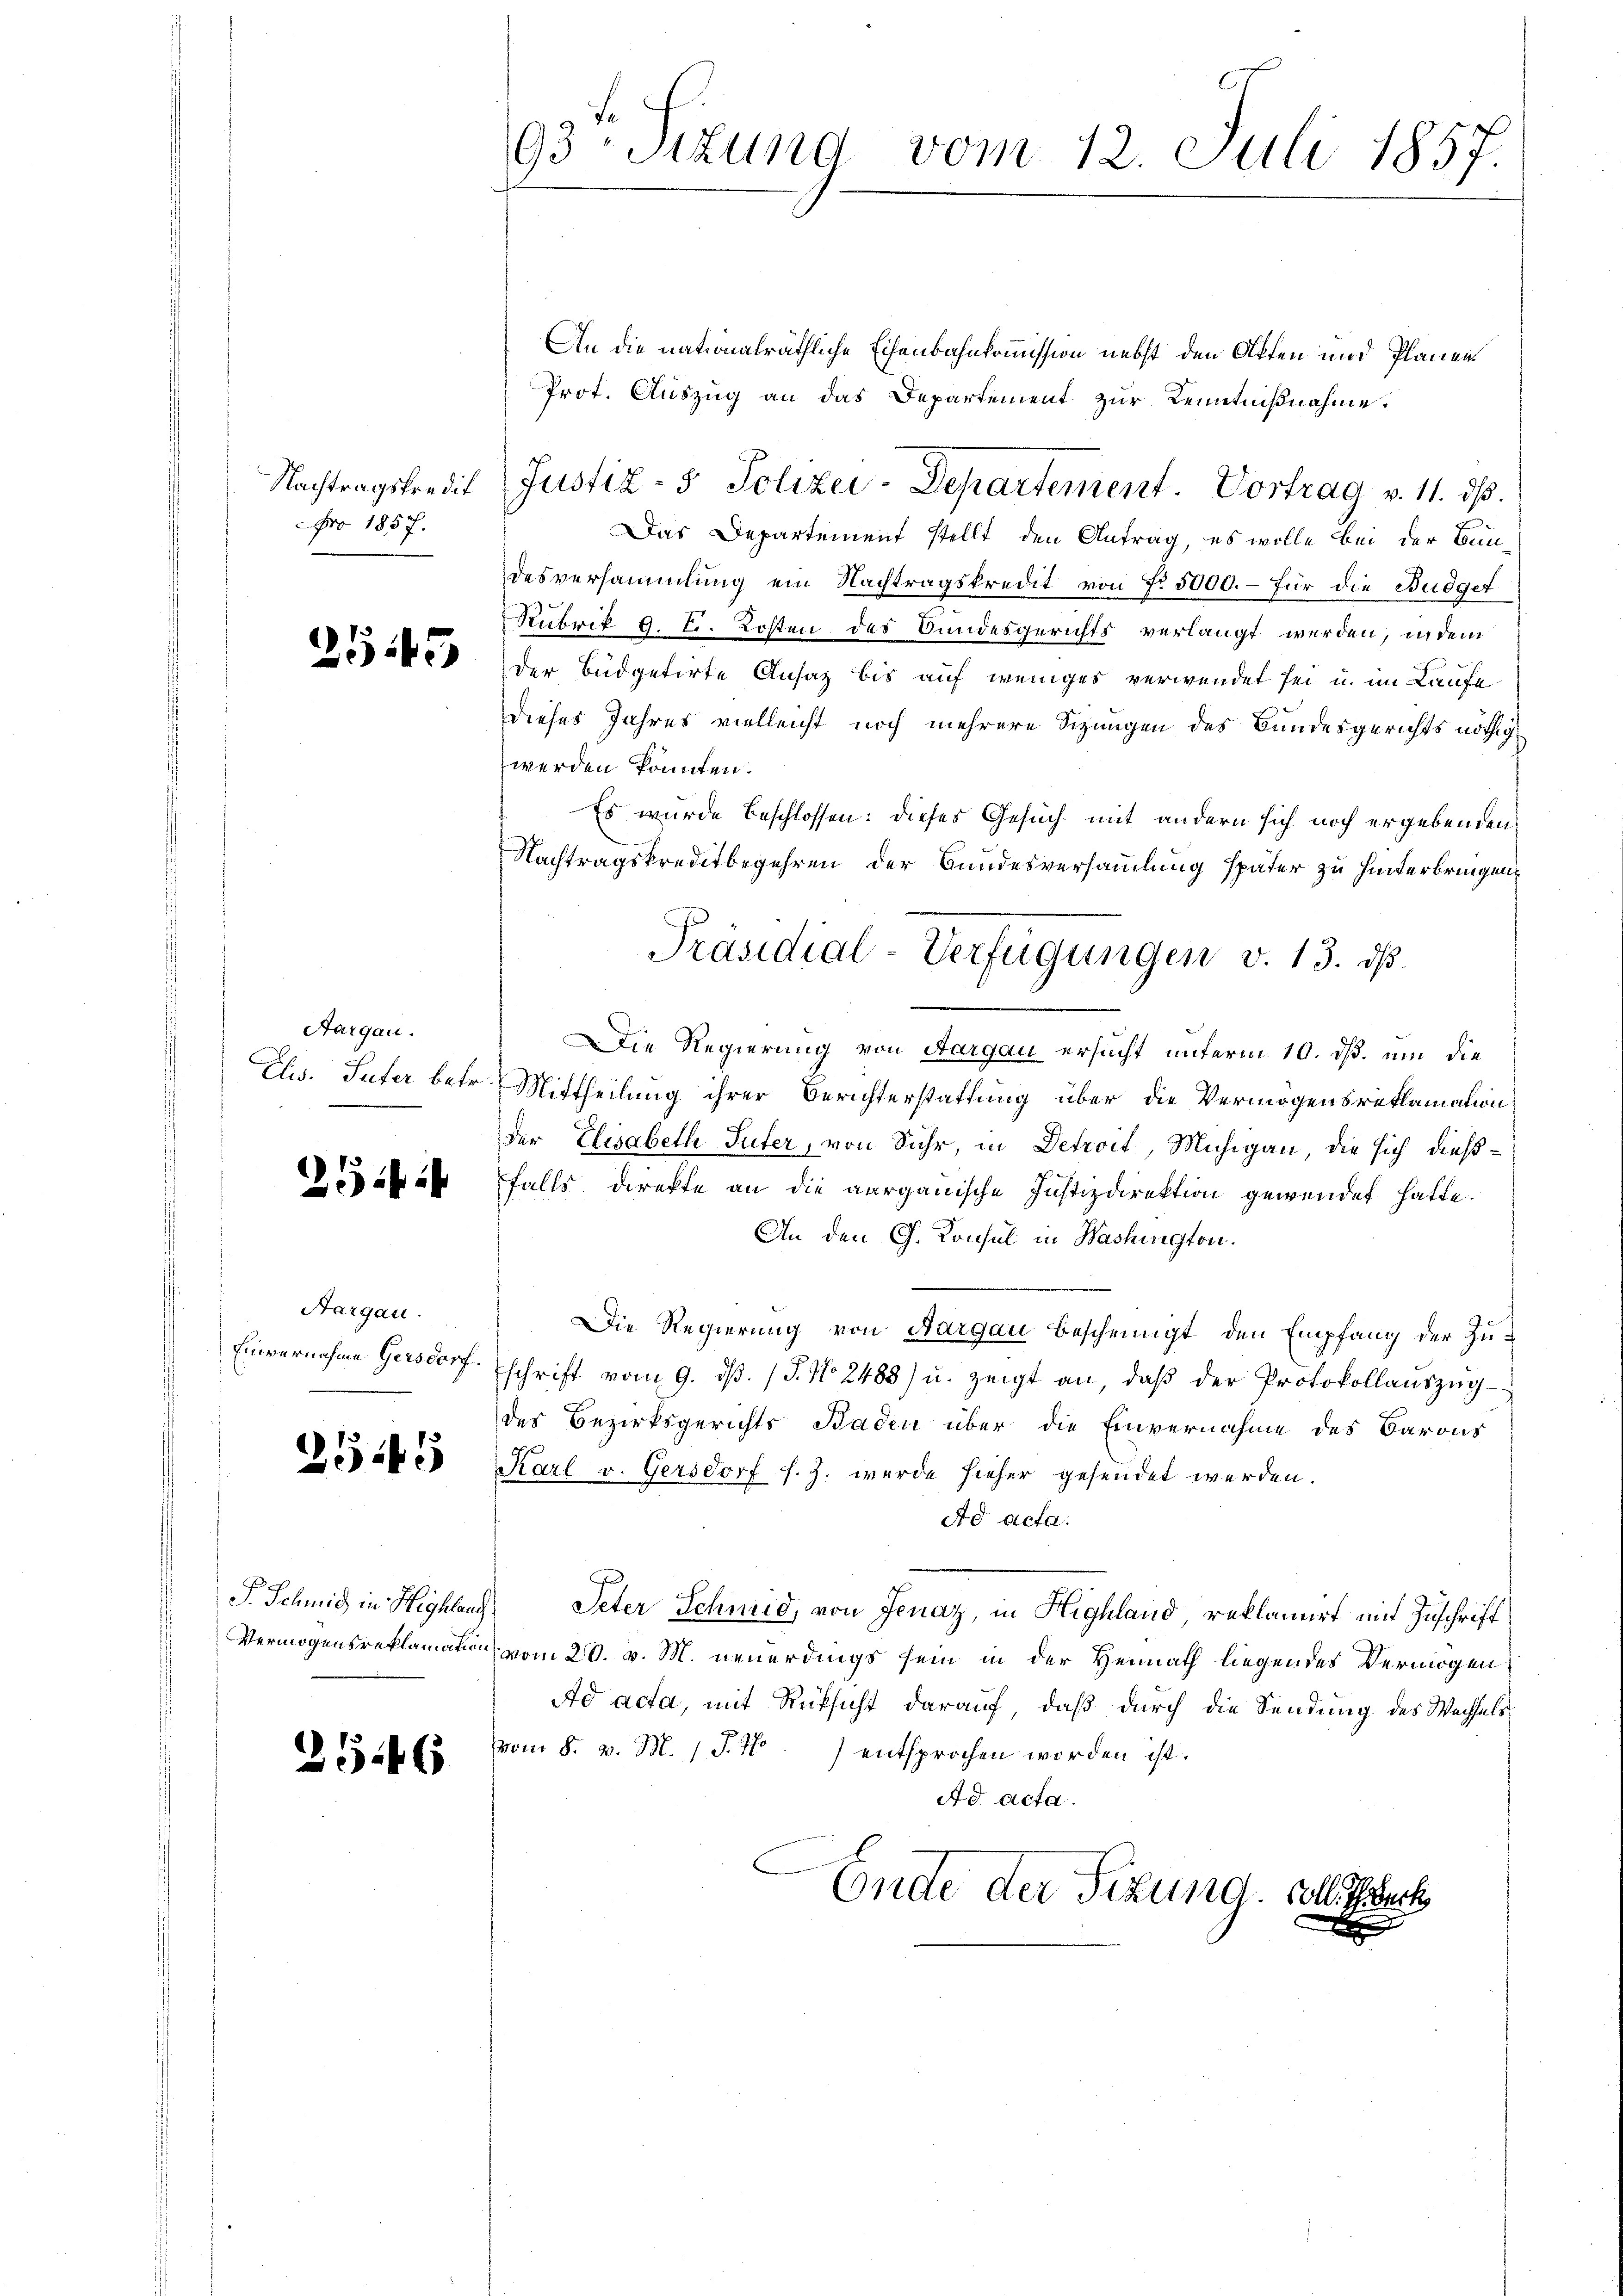
Nachtragskredit
 1857.

2545

Aargau.
Ehs. Suter betr.

251

Aargau.
Einvernahme Gersdorf.

2545

S. Schmid in Highlang
Vermögensreklamation

2546

93 Sitzung
vom 12. Juli 1857.

s

An die nationalräthliche Eisenbahnkommission nebst den Offen und Plänen¬
Prot. Auszug an das Departement zur Kenntnißnahme.
Das Departement stellt den Antrag, es wolle bei der Bundesversammlung ein Nachtragskredit von Nr. 5000.- für die Budget
Rubrik 9. Fr. Kosten des Bundesgerichts verlangt werden, indem
Der Büdgetirte Ansaz bis auf weniges verwendet sei u. im Laufe
dieses Jahres vielleicht noch mehrere Sizungen des Bundesgerichts nöthig
werden könnten.
Es wurde beschlossen: dieses Gesuch mit andern sich noch ergebenden
Nachtragskreditbegehren der Bundesversammlung später zu hinterbringen,
Die Regierung von Aargau ersucht unterm 10. ds. um die
Mittheilung ihrer Berichterstattung über die Vermögensreklamation
der Elisabeth Suter, von Suhr, in Detroit, Michigau, die sich dießfalls direkte an die aargauische Justizdirektion gewendet hatte.
An den G. Konsul in Washington.
Die Regierung von Aargau bescheinigt, den Empfang der Zuschrift vom 9. dβ. / 5. No 2488) u. zeigt an, daβ der Protokollauszug
des Bezirksgerichts Baden über die Einvernahme des Barons
Karl v. Gersdorf s. Z. wurde hieher gesendet werden.
Ad acta.
Peter Schmid, von Jenaz, in Highland reklamiert mit Zuschrift
vom 20. v. M. neuerdings sein in der Heimath liegendes Vermögen.
Ad acta, mit Rüksicht darauf, daß durch die Sendung des Wechsels
vom 8. v. M. (T. No.) entsprochen worden ist.
Ad acta.
Ende der Sizung. Soll Sech

Justiz- & Polizei-Departement. Vortrag v. 11. ds.

Präsidial-Verfügungen v. 13. ds.